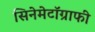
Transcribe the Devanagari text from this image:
सिनेमेटॉग्राफी